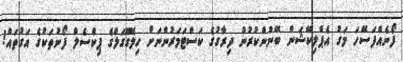
ފޯނެއްފަސޭހަ މަގު އެޕްލިކޭޝަން ބޭނުންކުރުން ދިރާގުގެ ކަސްޓަމަރުންނަށް ހިލޭގޫގަލްގެ ޕިކްސެލް ފޯނުތަކުގެ އަގުތައް!